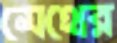
মেথের